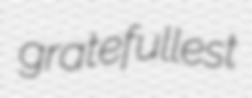
gratefullest